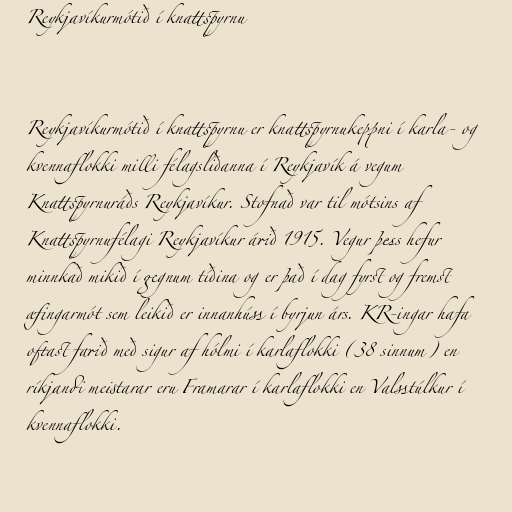
Reykjavíkurmótið í knattspyrnu

Reykjavíkurmótið í knattspyrnu er knattspyrnukeppni í karla- og
kvennaflokki milli félagsliðanna í Reykjavík á vegum
Knattspyrnuráðs Reykjavíkur. Stofnað var til mótsins af
Knattspyrnufélagi Reykjavíkur árið 1915. Vegur þess hefur
minnkað mikið í gegnum tíðina og er það í dag fyrst og fremst
æfingarmót sem leikið er innanhúss í byrjun árs. KR-ingar hafa
oftast farið með sigur af hólmi í karlaflokki (38 sinnum) en
ríkjandi meistarar eru Framarar í karlaflokki en Valsstúlkur í
kvennaflokki.